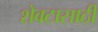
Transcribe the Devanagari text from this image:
शेवटासाठी